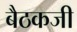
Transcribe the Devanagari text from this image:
बैठकजी